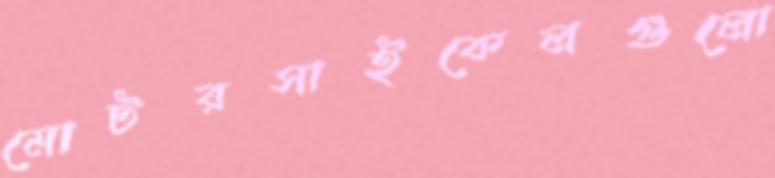
মোটরসাইকেলগুলো